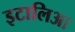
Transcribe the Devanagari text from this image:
इटालिआ